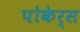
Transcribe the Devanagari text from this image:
पोकेर्स